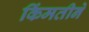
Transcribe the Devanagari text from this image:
किंमतीने